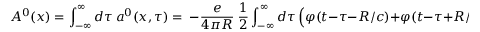
A ^ { 0 } ( x ) = \int _ { - \infty } ^ { \infty } d \tau \ a ^ { 0 } ( x , \tau ) = \ - \frac { e } { 4 \pi R } \ \frac 1 2 \int _ { - \infty } ^ { \infty } d \tau \ \Bigl ( \varphi ( t - \tau - R / c ) + \varphi ( t - \tau + R / c ) \Bigr ) = - \frac { e } { 4 \pi R }